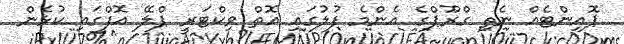
ޕޮއިންޓެއް ނެތި ގްރޫޕްގެ އެންމެ ފުލުގައި އޮތް ވިކްޓަރީ ޕްލޭ އޮފްގައި ކުޅެން